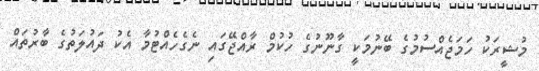
މުޝީރަކު ހަމަޖެއްސުމުގެ ބޭނުމަކީ ގާނޫނުގެ ހުކުމް ރާއްޖޭގައި ނެގެހެއްޓުމާ އެކު ދައުލަތުގެ ބާރުތައް